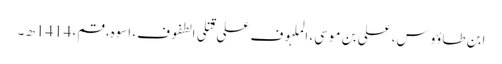
ابن طاؤوس، علی بن موسی، الملہوف علی قتلی الطفوف، اسوہ، قم، 1414ھ ۔